Source: Handwritten
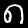
Digit: ၈ (8)